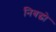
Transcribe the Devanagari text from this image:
निबद्धो